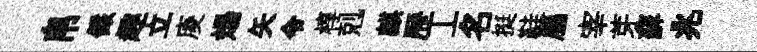
帛儼趣立庱煬矢令椁剋麒歴丄名挺鞋屬宰芽蘚兆